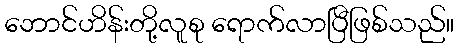
ဘောင်ဟိန်းတို့လူစု ရောက်လာပြီဖြစ်သည်။